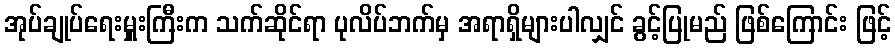
အုပ်ချုပ်ရေးမှူးကြီးက သက်ဆိုင်ရာ ပုလိပ်ဘက်မှ အရာရှိများပါလျှင် ခွင့်ပြုမည် ဖြစ်ကြောင်း ဖြင့်